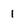
Character: 1